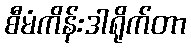
စီမံကိန်းဒါရိုက်တာ